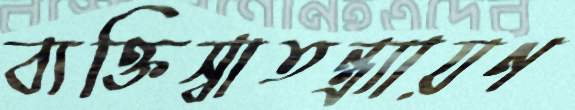
ব্যক্তিস্বাতন্ত্র্যায়ণ